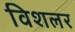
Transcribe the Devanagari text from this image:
विशलर